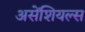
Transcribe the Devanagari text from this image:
असेंशियल्स